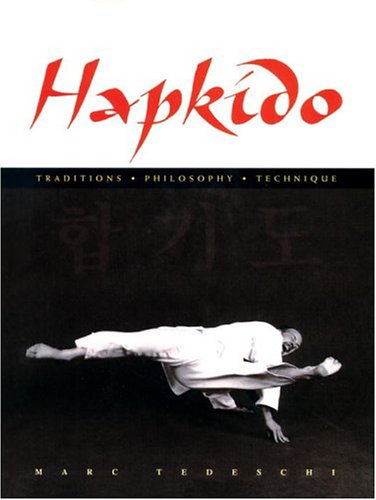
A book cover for Hapkido: Traditions, Philosophy, Technique; Marc Tedeschi; Sports & Outdoors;